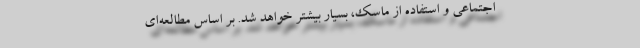
اجتماعی و استفاده از ماسک، بسیار بیشتر خواهد شد. بر اساس مطالعه‌ای